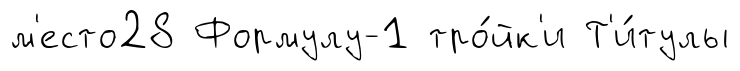
м'есто28 Формулу-1 тро́йк'и Т'и́тулы